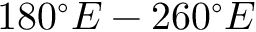
1 8 0 ^ { \circ } E - 2 6 0 ^ { \circ } E